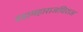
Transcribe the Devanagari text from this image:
वडामहाराजधिराज